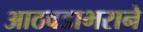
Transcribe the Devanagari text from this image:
आठवडाभराने